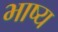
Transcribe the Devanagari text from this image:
भाष्‍य